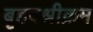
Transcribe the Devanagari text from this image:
बृहदश्रीक्रम